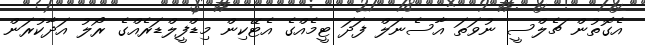
އެގޮތުން ޗެލްސީ ނުވަތަ އާސެނަލް ފަދަ ޓީމެއްގެ އެޓޭކިން މިޑްފީލްޑަރެއްގެ ރޯލު އަދާކުރަން